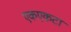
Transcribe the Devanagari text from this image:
एकएकटा